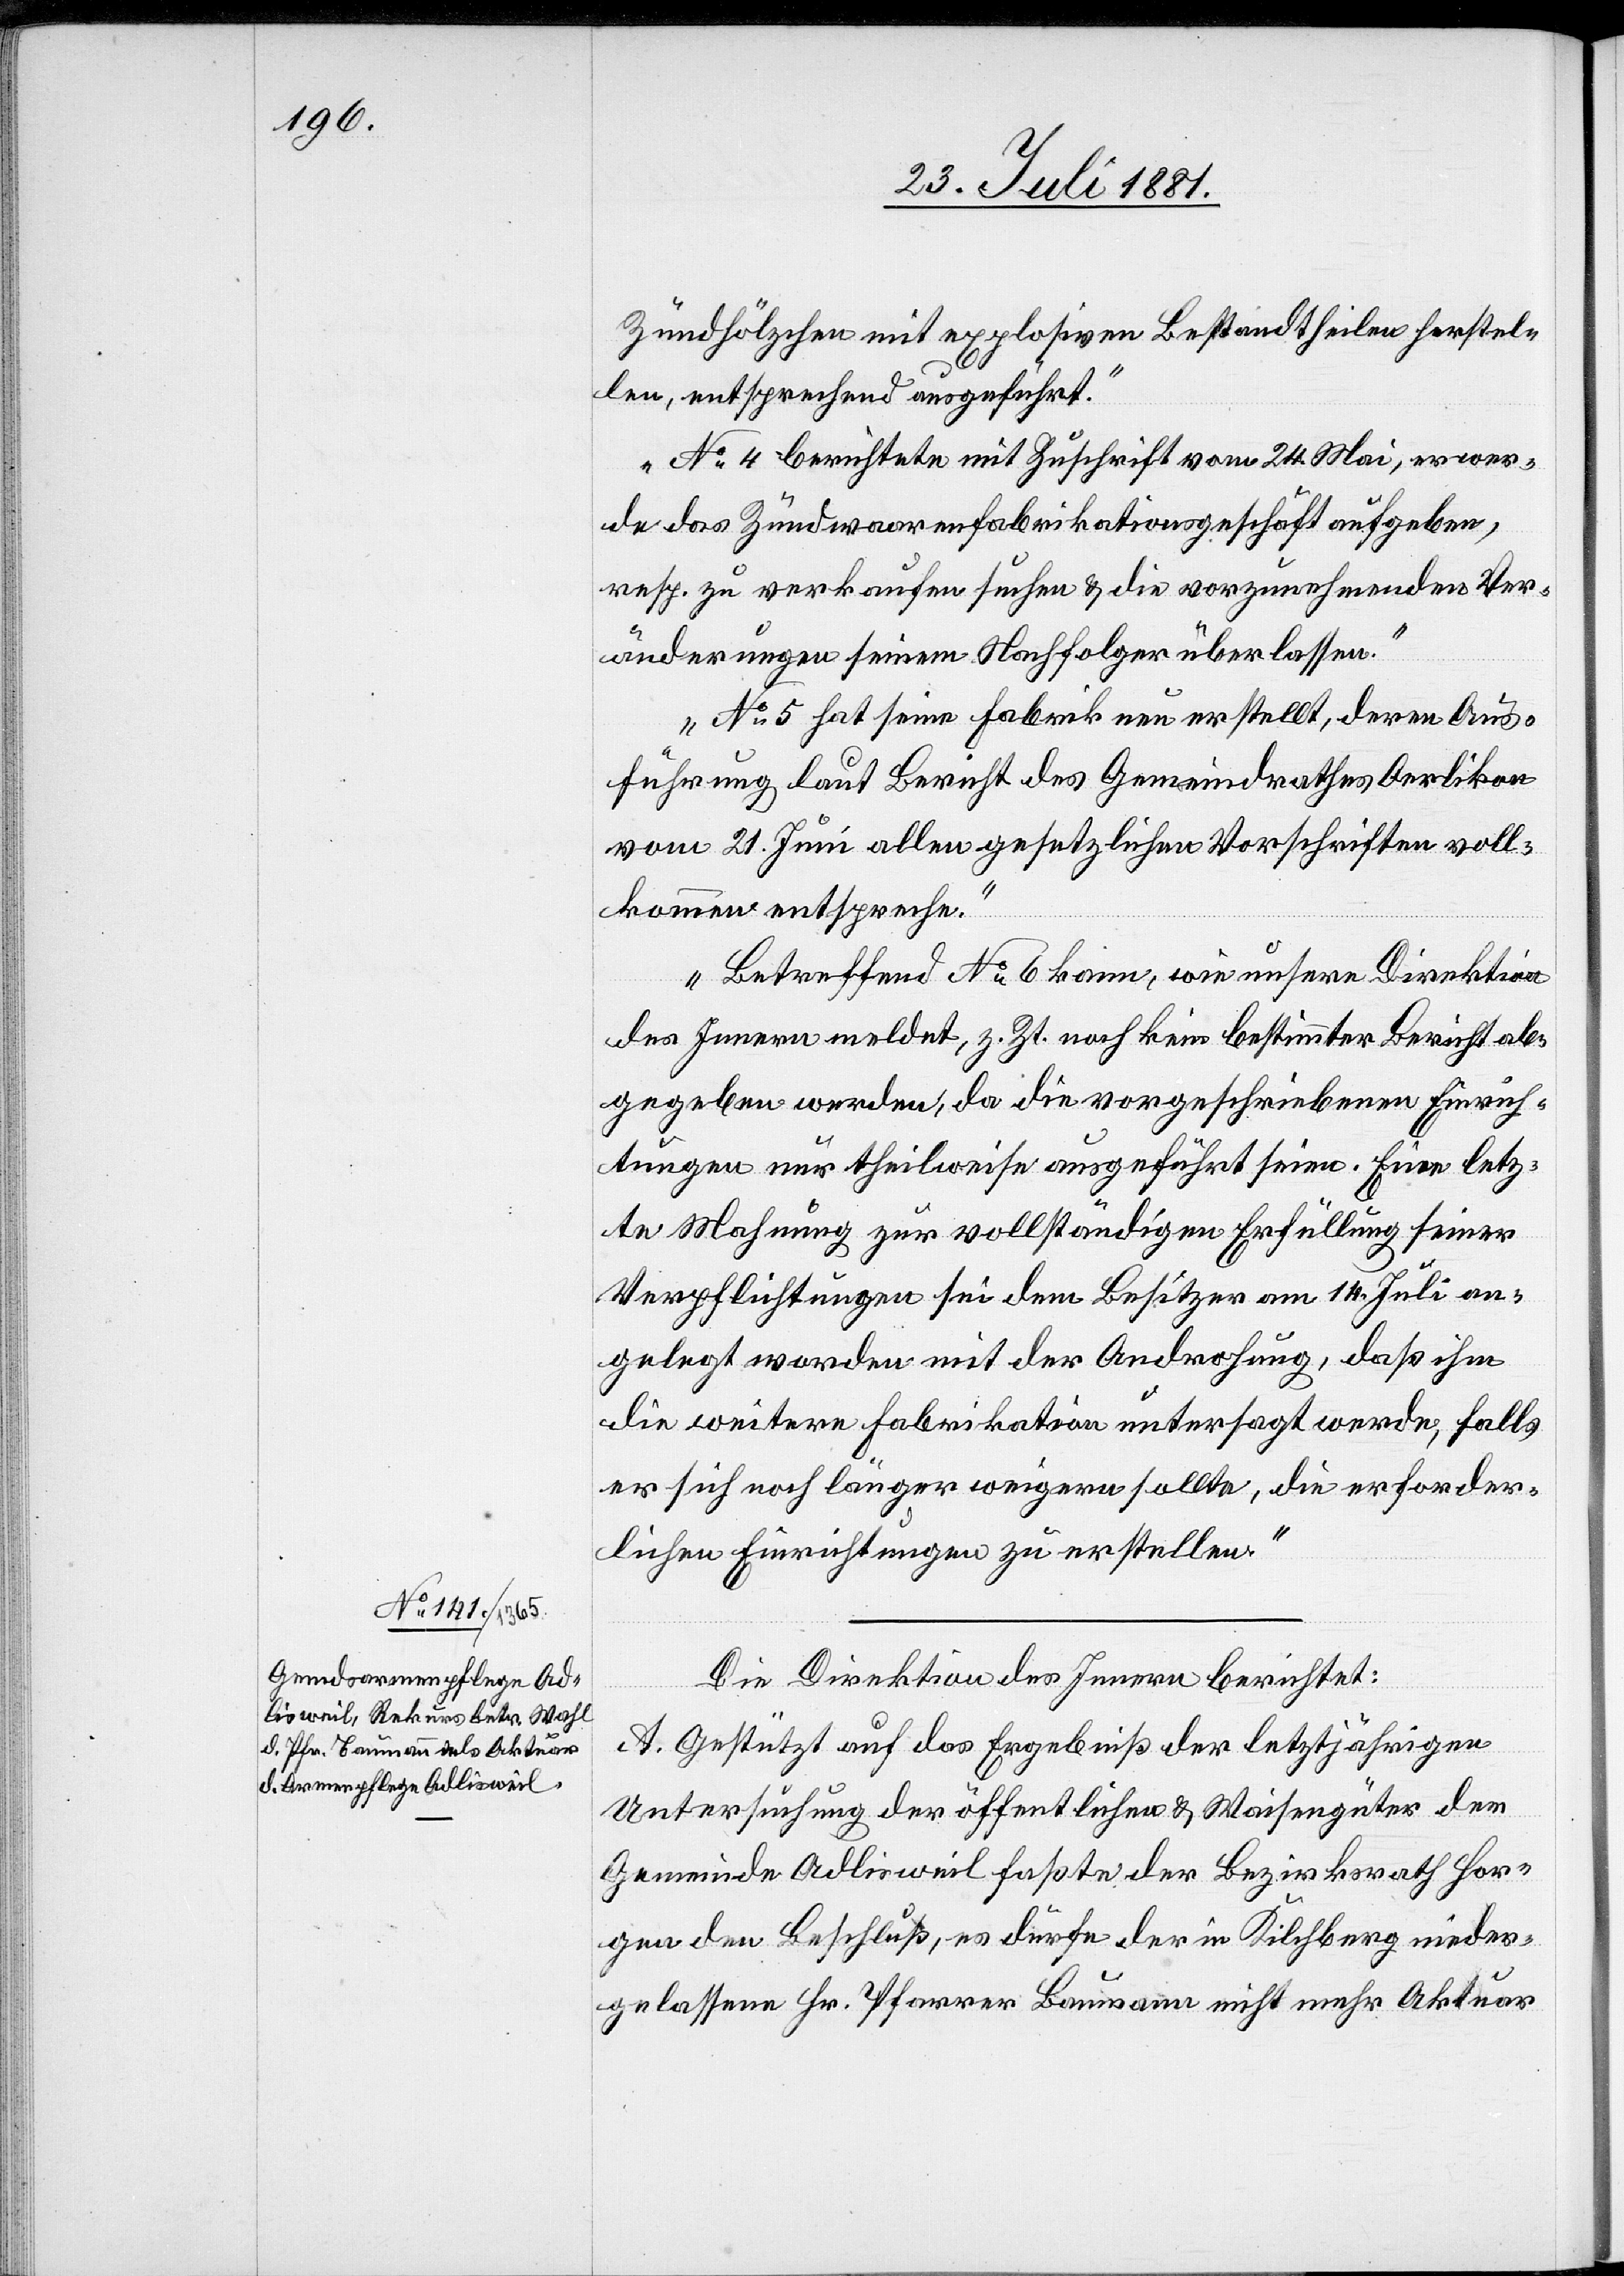
Zündhölzchen mit explosiven Bestandtheilen herstel¬
len, entsprechend ausgeführt.
No 4 berichtete mit Zuschrift vom 24. Mai, er wer¬
de das Zündwarenfabrikationsgeschäft aufgeben,
resp. zu verkaufen suchen & die vorzunehmenden Ver¬
änderungen seinem Nachfolger überlassen.
No 5 hat seine Fabrik neu erstellt, deren Aus¬
führung laut Bericht des Gemeindrathes Oerlikon
vom 21. Juli allen gesetzlichen Vorschriften voll¬
kommen entspreche.“
Betreffend No 6 kann, wie unsere Direktion
des Innern meldet, z. Zt. noch kein bestimmter Bericht ab¬
gegeben werden, da die vorgeschriebenen Einrich¬
tungen nur theilweise ausgeführt seien. Eine letz¬
te Mahnung zur vollständigen Erfüllung seiner
Verpflichtungen sei dem Besitzer am 14. Juli an¬
gelegt worden mit der Androhung, daß ihm
die weitere Fabrikation untersagt werde, falls
er sich noch länger weigern sollte, die erforder¬
lichen Einrichtungen zu erstellen.“
Die Direktion des Innern berichtet:
A. Gestützt auf das Ergebniß der letztjährigen
Untersuchung der öffentlichen & Waisengüter der
Gemeinde Adlisweil faßte der Bezirksrath Hor¬
gen den Beschluß, es dürfe der in Kilchberg nieder¬
gelassene Hr. Pfarrer Baumann nicht mehr Aktuar